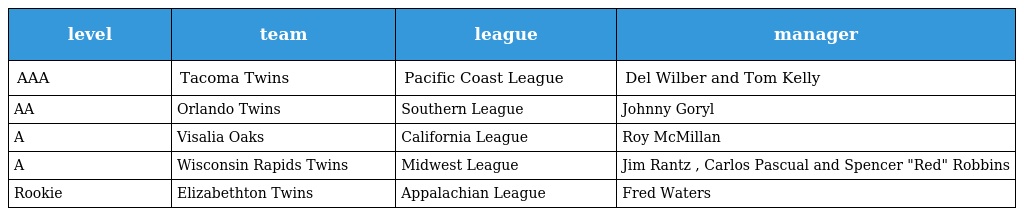
| level | team | league | manager |
 | --- | --- | --- | --- |
 | AAA | Tacoma Twins | Pacific Coast League | Del Wilber and Tom Kelly |
 | AA | Orlando Twins | Southern League | Johnny Goryl |
 | A | Visalia Oaks | California League | Roy McMillan |
 | A | Wisconsin Rapids Twins | Midwest League | Jim Rantz , Carlos Pascual and Spencer "Red" Robbins |
 | Rookie | Elizabethton Twins | Appalachian League | Fred Waters |